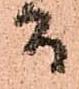
而